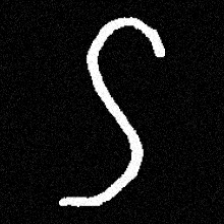
Pyu character \u2014 Myanmar letter: ဌ (romanized: ttha)